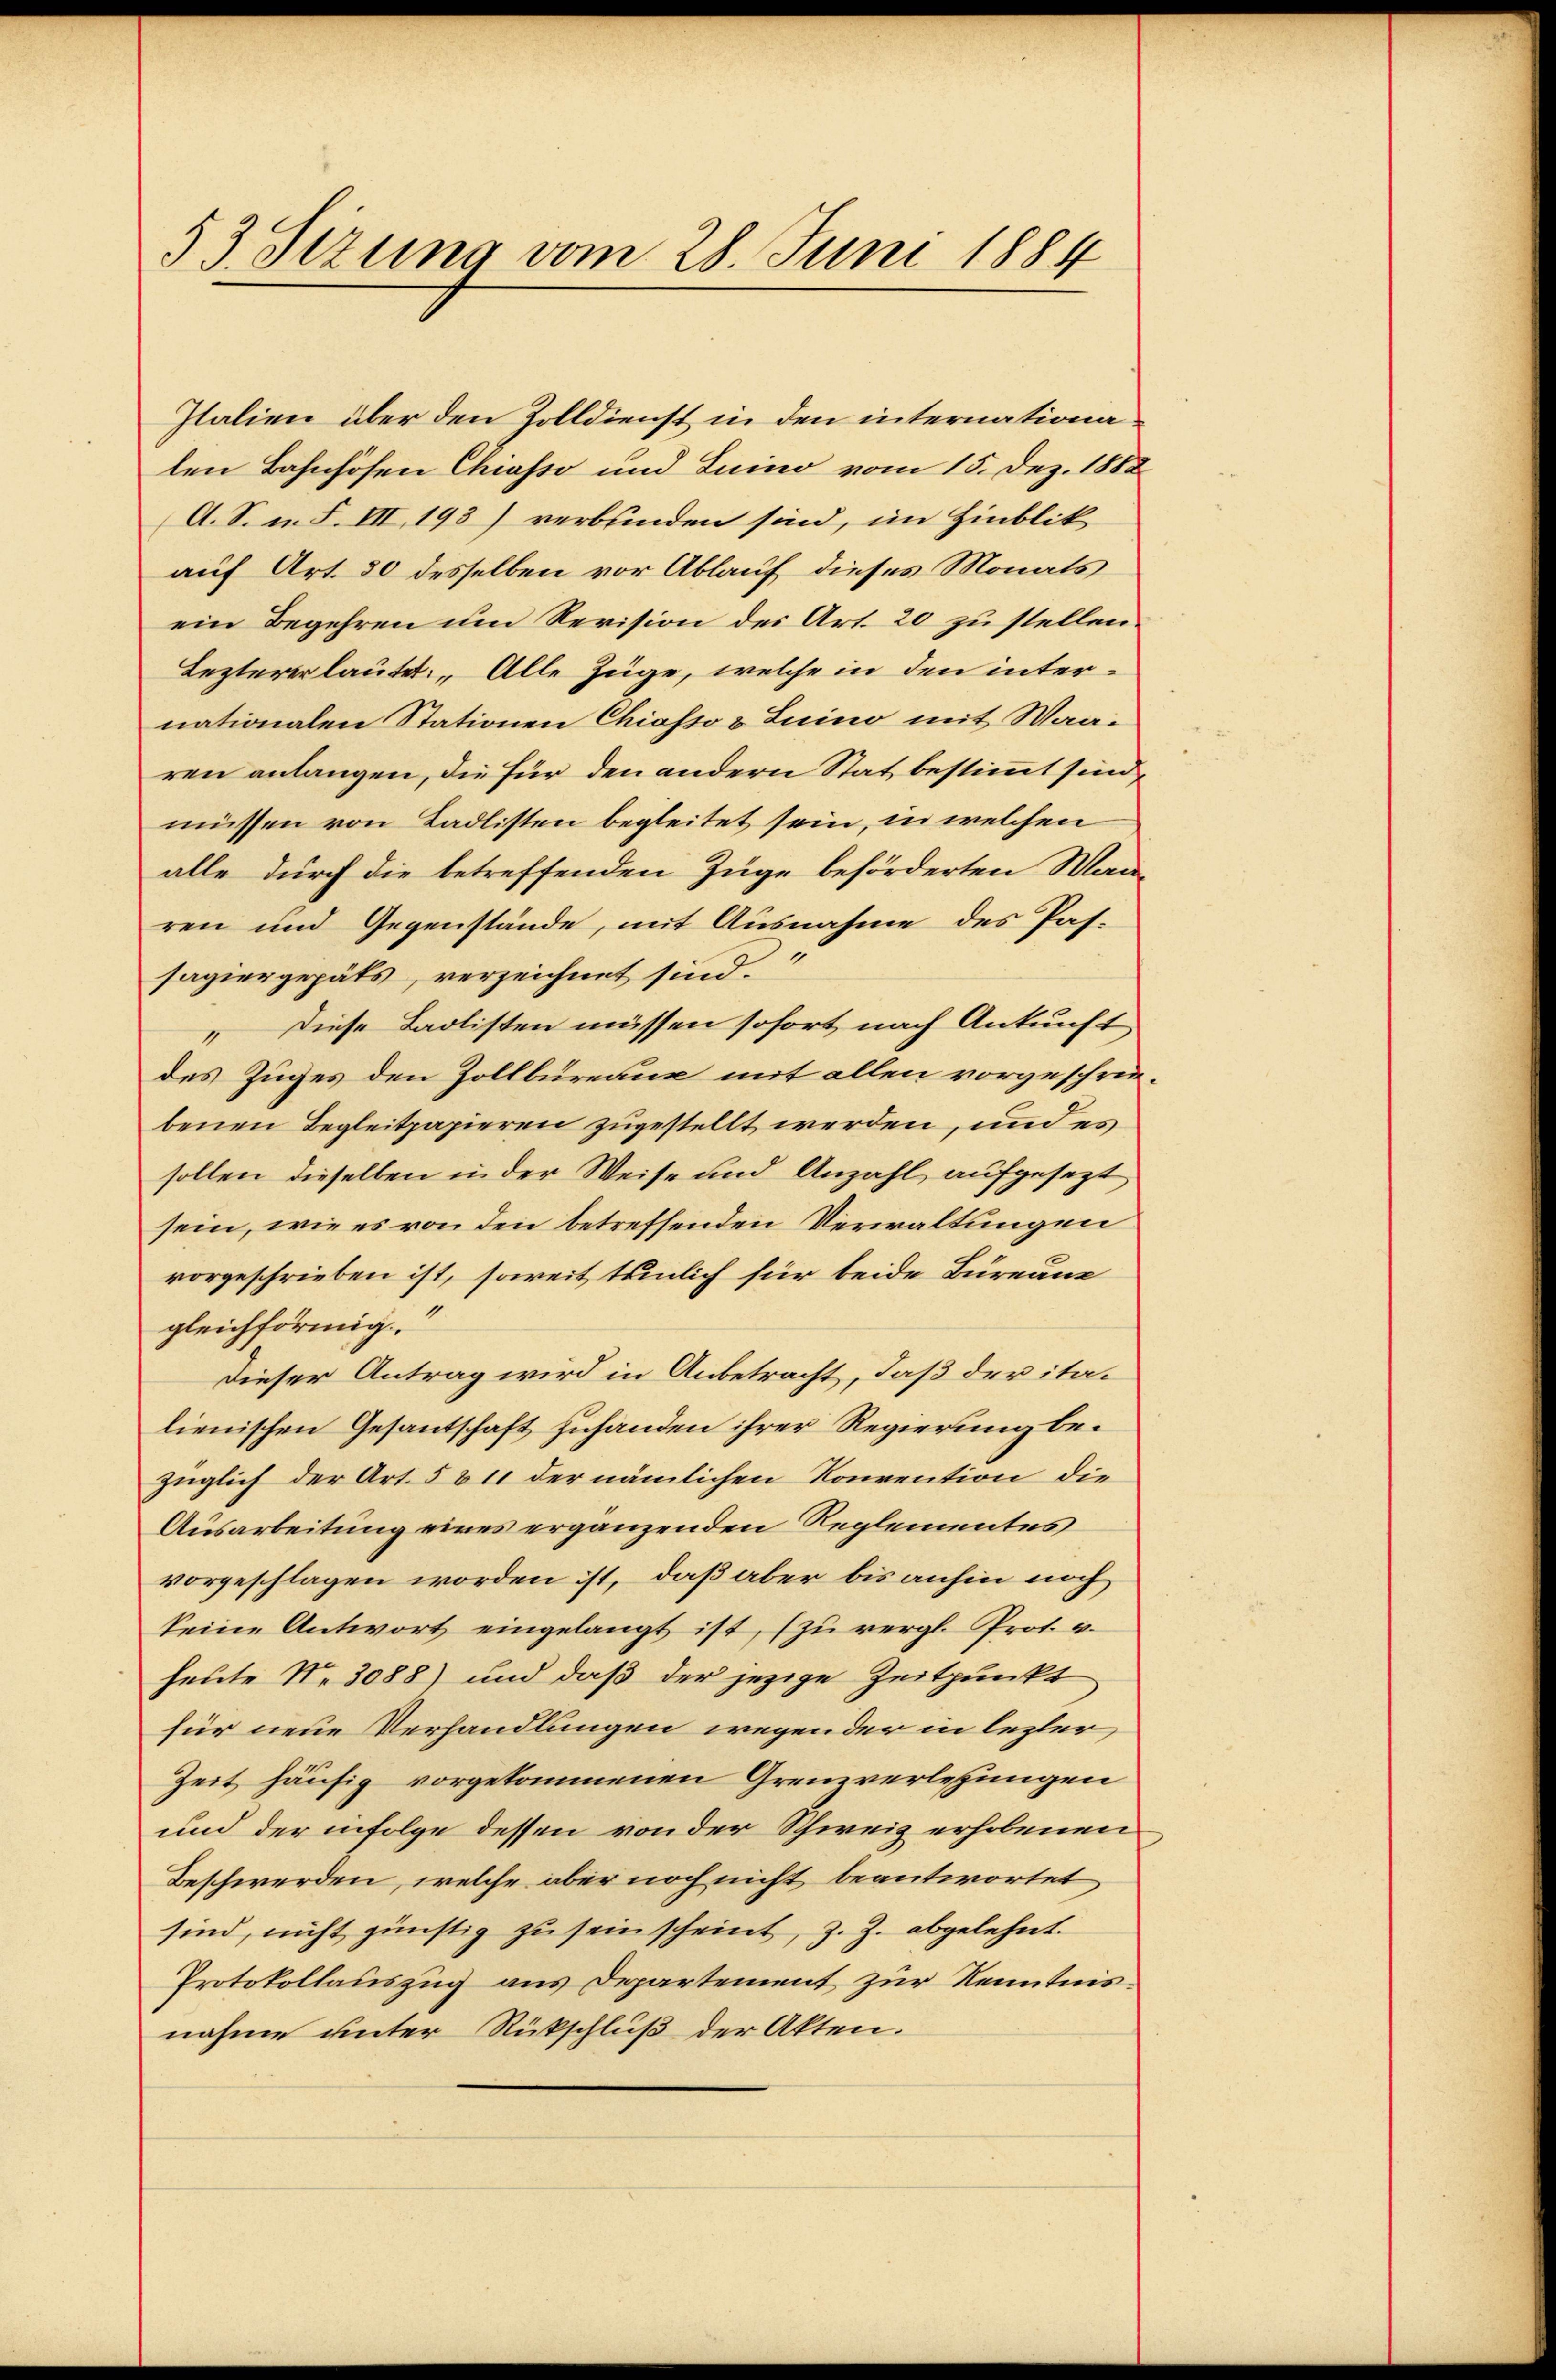
53. Sizung vom 28. Juni 1884

Italien über den Zolldienst in den internationa
len Bahnhöfen Chiasso und Luino vom 15. Dez. 1888
A. S. u. S. III 193) verbunden sind, im Hinblik
auf Art. 30 desselben vor Ablauf dieses Monats
ein Begehren um Revision des Art. 20 zu stellen.
Lezterer lautet: „Alle Züge, welche in den internationalen Stationen Chiasso v Luino mit Waaren anlangen, die für den andern Stat bestimmt sind,
müssen von Badlisten begleitet sein, in welchen
alle durch die betreffenden Züge beförderten Manren und Gegenstände, mit Ausnahme des Passagiergepäts, verzeichnet sind.
„ Diese Laolisten müssen sofort nach Ankunft
des Zuges den Zollbüreaux mit allen vorgeschreibenen Begleitpapieren zugestellt werden, und es
sollen dieselben in der Weise und Anzahl aufgesezt
sein, wie es von den betreffenden Verwaltungen
vorgeschrieben ist, soweit tunlich für beide Bureaue
gleichförmig
Dieser Antrag wird in Anbetracht, daß der italienischen Gesantschaft zuhanden ihrer Regierung bezüglich der Art. 5811 der nämlichen Konvention die
Ausarbeitung eines ergänzenden Reglementes
vorgeschlagen worden ist, daß aber bis anhin noch
keine Antwort eingelangt ist, (zu vergl. Prot. v.
heute No 3088) und daß der jezige Zeitpunkt
für neue Verhandlungen wegender in lezter
Zeit häufig vorgekommenen Grenzverlesungen
und der infolge dessen von der Schweiz erhobenen
Beschwerden, welche aber noch nicht beantwortet
sind, nicht günstig zu sein scheint, z. Z. abgelehnt.
Protokollauszug aus Departement zur Kenntnisnahme unter Rückschluß der Akten.